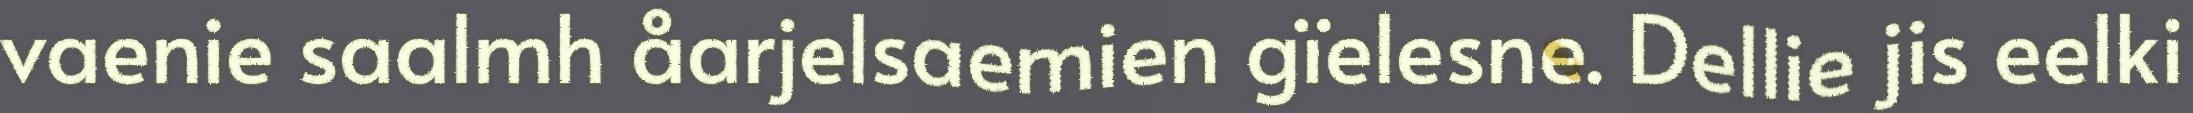
vaenie saalmh åarjelsaemien gïelesne. Dellie jis eelki